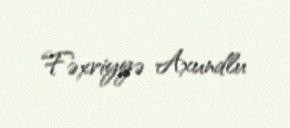
Fəxriyyə Axundlu